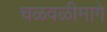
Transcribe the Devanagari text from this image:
चळवळीमागे